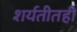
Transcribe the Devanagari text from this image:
शर्यतीतही